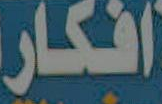
افكار